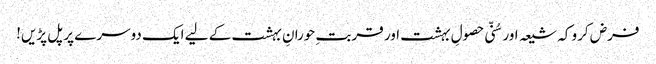
فرض کرو کہ شیعہ اور سُنّی حصولِ بہشت اور قربتِ حورانِ بہشت کے لیے ایک دوسرے پر پل پڑیں!